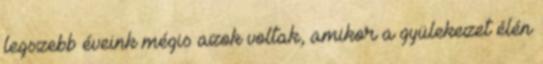
legszebb éveink mégis azok voltak, amikor a gyülekezet élén